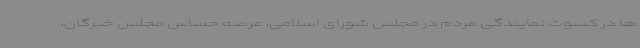
ها در کسوت نمایندگی مردم در مجلس شورای اسلامی، عرصه حساس مجلس خبرگان،